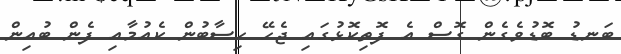
ބަނޑު ބޮޑުވެގެން ގޮސް އެ ފޮތިކޮޅުގައި ޖެހޭ ހިސާބުން ކެއުމާއި ފެން ބުއިން